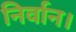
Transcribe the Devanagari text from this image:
निर्वान।